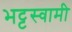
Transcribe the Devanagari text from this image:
भट्टस्वामी